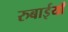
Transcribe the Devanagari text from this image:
रुबाईयाँ